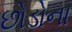
છોડોના